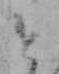
と